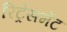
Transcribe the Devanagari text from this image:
रिट्रेसमेंट